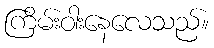
ကြိမ်းဝါးနေလေသည်။